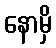
နောမှိ